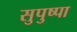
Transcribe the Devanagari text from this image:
सुपुष्पा